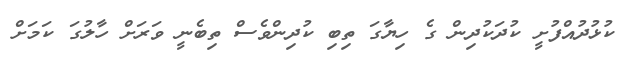
ކުޅުދުއްފުށީ ކުދަކުދިން ގެ ހިޔާގަ ތިބި ކުދިންވެސް ތިބެނީ ވަރަށް ހާލުގަ ކަމަށް